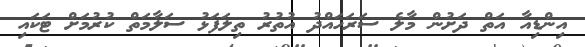
އިންޑިއާ އަތް ދަށުން މާލެ ސަރަހައްދު އުތުރު ތިލަފަޅު ސަލާމަތް ކުރުމަށް ޓަކައި